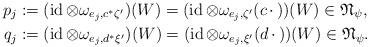
LaTeX: \begin{align*}p_j&:=(\operatorname{id}\otimes\omega_{e_j,c^*\zeta'})(W)=(\operatorname{id}\otimes\omega_{e_j,\zeta'}(c\,\cdot\,))(W)\in{\mathfrak N}_{\psi}, \\q_j&:=(\operatorname{id}\otimes\omega_{e_j,d^*\xi'})(W)=(\operatorname{id}\otimes\omega_{e_j,\xi'}(d\,\cdot\,))(W)\in{\mathfrak N}_{\psi}.\end{align*}